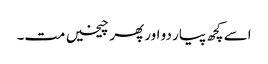
اسے کچھ پیار دو اور پھر چیخیں مت۔